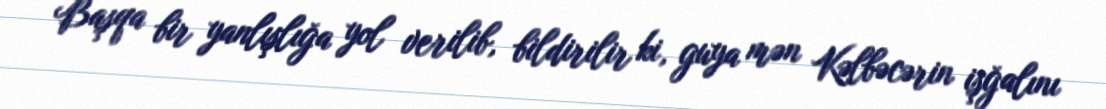
Başqa bir yanlışlığa yol verilib, bildirilir ki, guya mən Kəlbəcərin işğalını